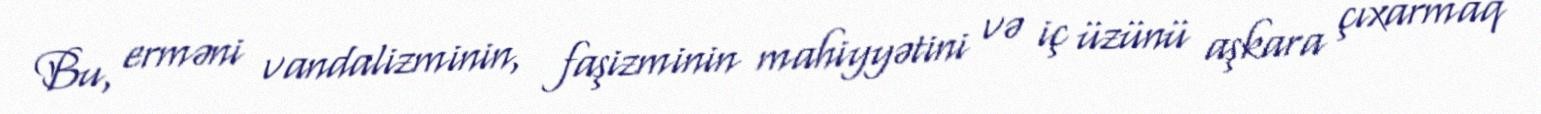
Bu, erməni vandalizminin, faşizminin mahiyyətini və iç üzünü aşkara çıxarmaq